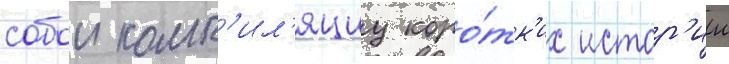
собои комп'ил'яциу коро́тк'их истор'ии